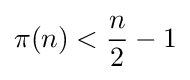
\pi (n)<{\frac {n}{2}}-1